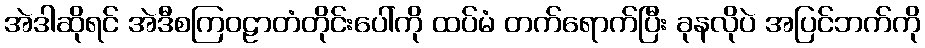
အဲဒါဆိုရင် အဲဒီစကြဝဠာတံတိုင်းပေါ်ကို ထပ်မံ တက်ရောက်ပြီး ခုနလိုပဲ အပြင်ဘက်ကို